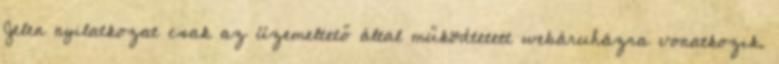
Jelen nyilatkozat csak az üzemeltető által működtetett webáruházra vonatkozik.